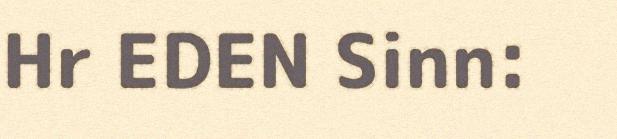
Hr EDEN Sinn: